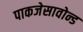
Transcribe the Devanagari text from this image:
पाकजेसावोन्ड